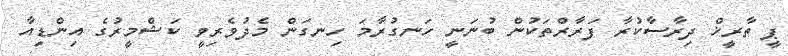
ޕީ ތާރީޚް ދިރާސާކުރާ ފަރާރްތަކުން ބުނަނީ ހަނގުރާމަ ހިނގަން މެދުވެރިވީ ކަޝްމީރުގެ އިންޑިއާ